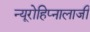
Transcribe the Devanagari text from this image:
न्यूरोहिप्नालाजी